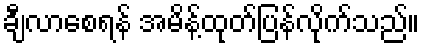
ချီလာစေရန် အမိန့်ထုတ်ပြန်လိုက်သည်။